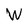
Character: W